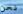
نحن